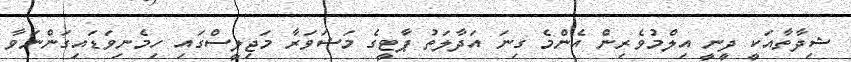
ޝިދާތާއަކީ ދީނީ އިލްމުވެރިން އެންމެ ގިނަ އަދާލަތު ޕާޓީގެ މަޝަވަރާ މަޖިލީސްގައި ހިމެނިވަޑައިގަންނަވާ